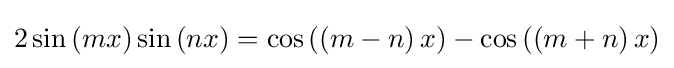
2\sin \left(mx\right)\sin \left(nx\right)=\cos \left(\left(m-n\right)x\right)-\cos \left(\left(m+n\right)x\right)